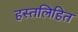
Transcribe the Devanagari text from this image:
हस्तलिहित